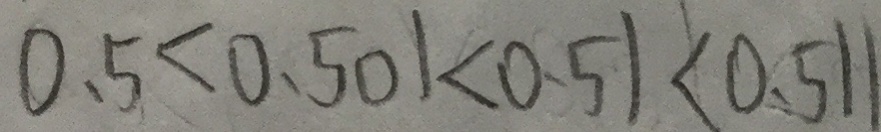
0 . 5 < 0 . 5 0 1 < 0 . 5 1 < 0 . 5 1 1